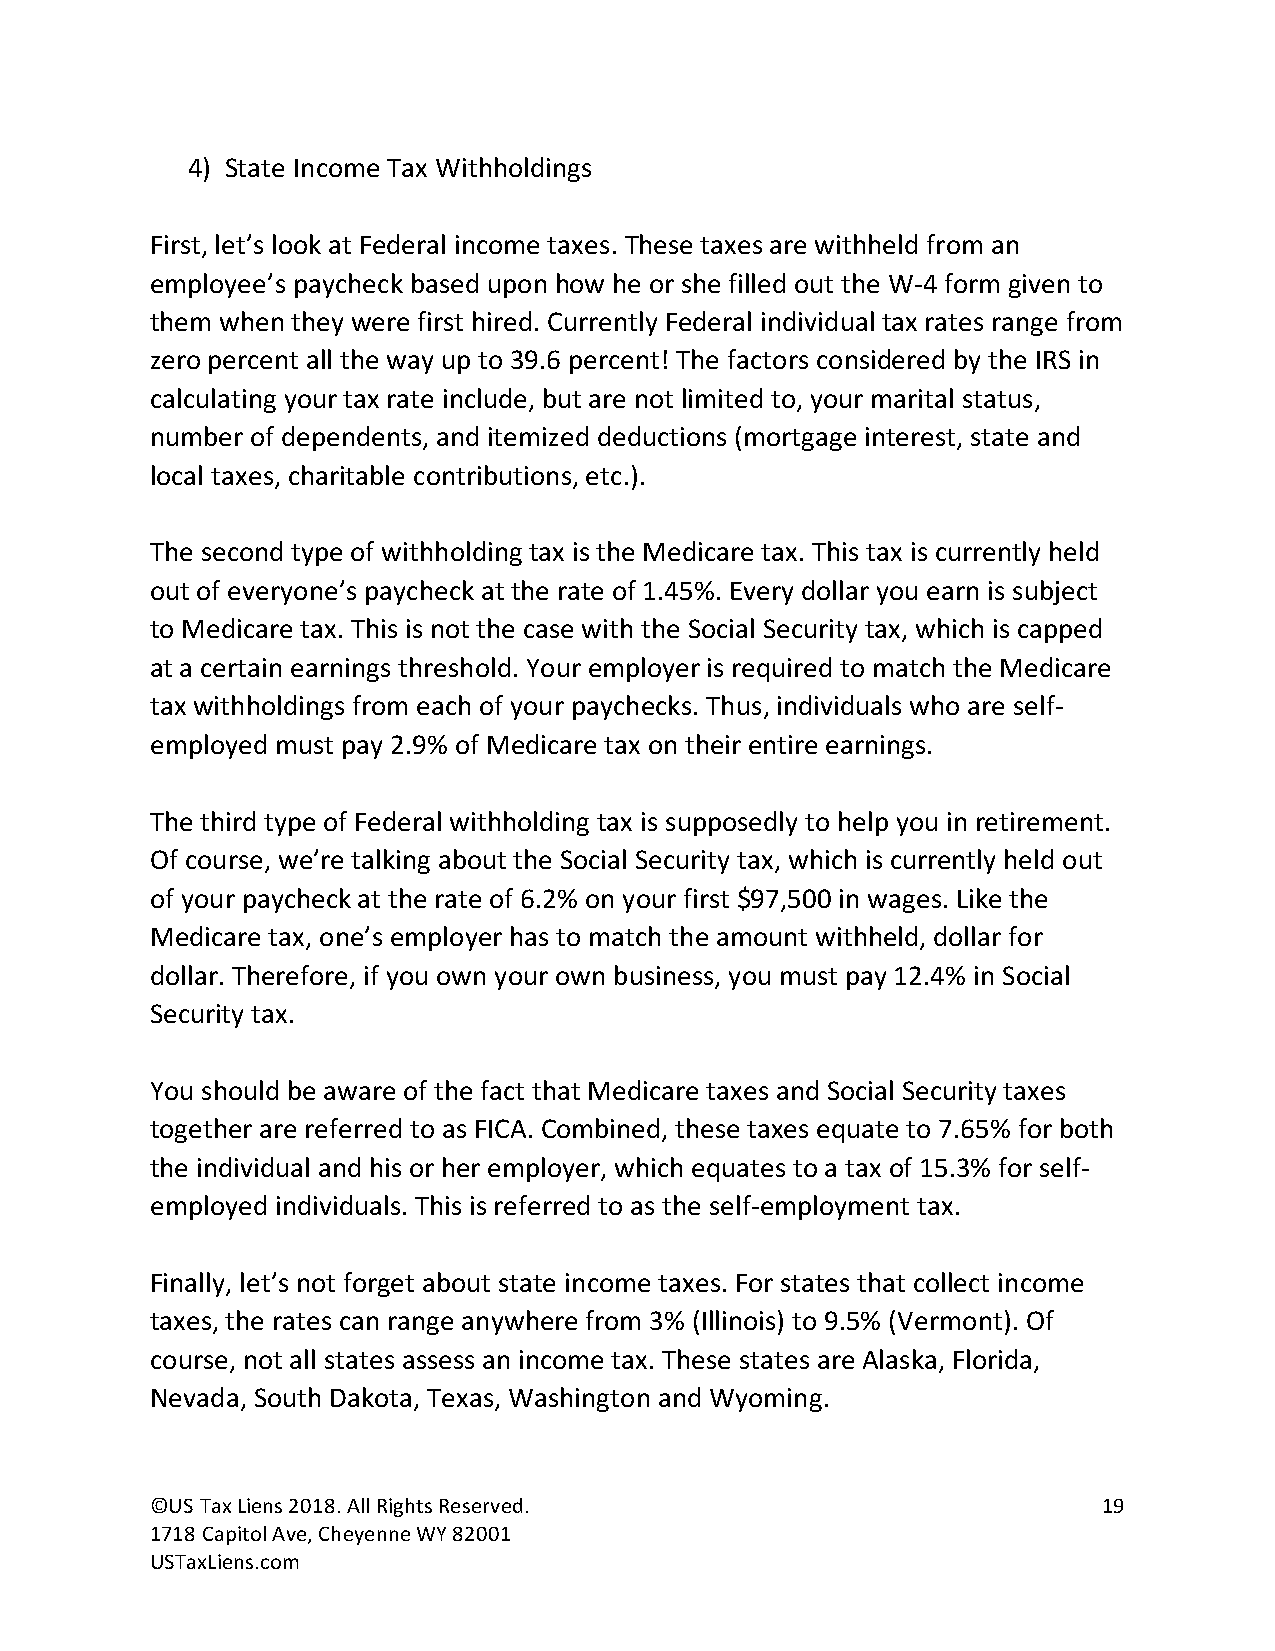
4) State Income Tax Withholdings
 First, let’s look at Federal income taxes. These taxes are withheld from an
 employee’s paycheck based upon how he or she filled out the W-4 form given to
 them when they were first hired. Currently Federal individual tax rates range from
 zero percent all the way up to 39.6 percent! The factors considered by the IRS in
 calculating your tax rate include, but are not limited to, your marital status,
 number of dependents, and itemized deductions (mortgage interest, state and
 local taxes, charitable contributions, etc.).
 The second type of withholding tax is the Medicare tax. This tax is currently held
 out of everyone’s paycheck at the rate of 1.45%. Every dollar you earn is subject
 to Medicare tax. This is not the case with the Social Security tax, which is capped
 at a certain earnings threshold. Your employer is required to match the Medicare
 tax withholdings from each of your paychecks. Thus, individuals who are self-
 employed must pay 2.9% of Medicare tax on their entire earnings.
 The third type of Federal withholding tax is supposedly to help you in retirement.
 Of course, we’re talking about the Social Security tax, which is currently held out
 of your paycheck at the rate of 6.2% on your first $97,500 in wages. Like the
 Medicare tax, one’s employer has to match the amount withheld, dollar for
 dollar. Therefore, if you own your own business, you must pay 12.4% in Social
 Security tax.
 You should be aware of the fact that Medicare taxes and Social Security taxes
 together are referred to as FICA. Combined, these taxes equate to 7.65% for both
 the individual and his or her employer, which equates to a tax of 15.3% for self-
 employed individuals. This is referred to as the self-employment tax.
 Finally, let’s not forget about state income taxes. For states that collect income
 taxes, the rates can range anywhere from 3% (Illinois) to 9.5% (Vermont). Of
 course, not all states assess an income tax. These states are Alaska, Florida,
 Nevada, South Dakota, Texas, Washington and Wyoming.
 ©US Tax Liens 2018. All Rights Reserved.                       19
 1718 Capitol Ave, Cheyenne WY 82001
 USTaxLiens.com